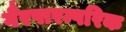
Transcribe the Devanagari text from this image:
गैरपारम्परिक